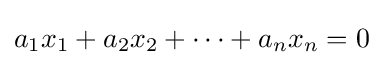
a_{1}x_{1}+a_{2}x_{2}+\cdots +a_{n}x_{n}=0